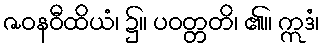
ဇဝနဝီထိယံ၊ ၌။ ပဝတ္တတိ၊ ၏။ ဣဒံ၊